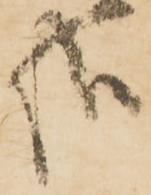
哉